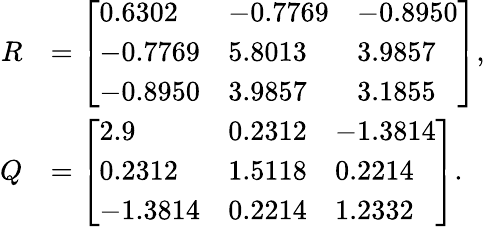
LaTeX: \begin{array}{rl}{R}&{=\left[\begin{array}{lll}{0.6302}&{-0.7769}&{-0.8950}\\ {-0.7769}&{5.8013}&{3.9857}\\ {-0.8950}&{3.9857}&{3.1855}\end{array}\right],}\\ {Q}&{=\left[\begin{array}{lll}{2.9}&{0.2312}&{-1.3814}\\ {0.2312}&{1.5118}&{0.2214}\\ {-1.3814}&{0.2214}&{1.2332}\end{array}\right].}\end{array}